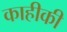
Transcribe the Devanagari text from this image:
काहीकी